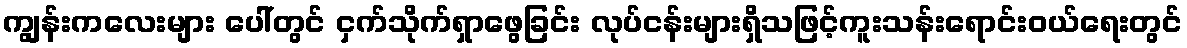
ကျွန်းကလေးများ ပေါ်တွင် ငှက်သိုက်ရှာဖွေခြင်း လုပ်ငန်းများရှိသဖြင့်ကူးသန်းရောင်းဝယ်ရေးတွင်